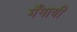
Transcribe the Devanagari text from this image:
मँगायी